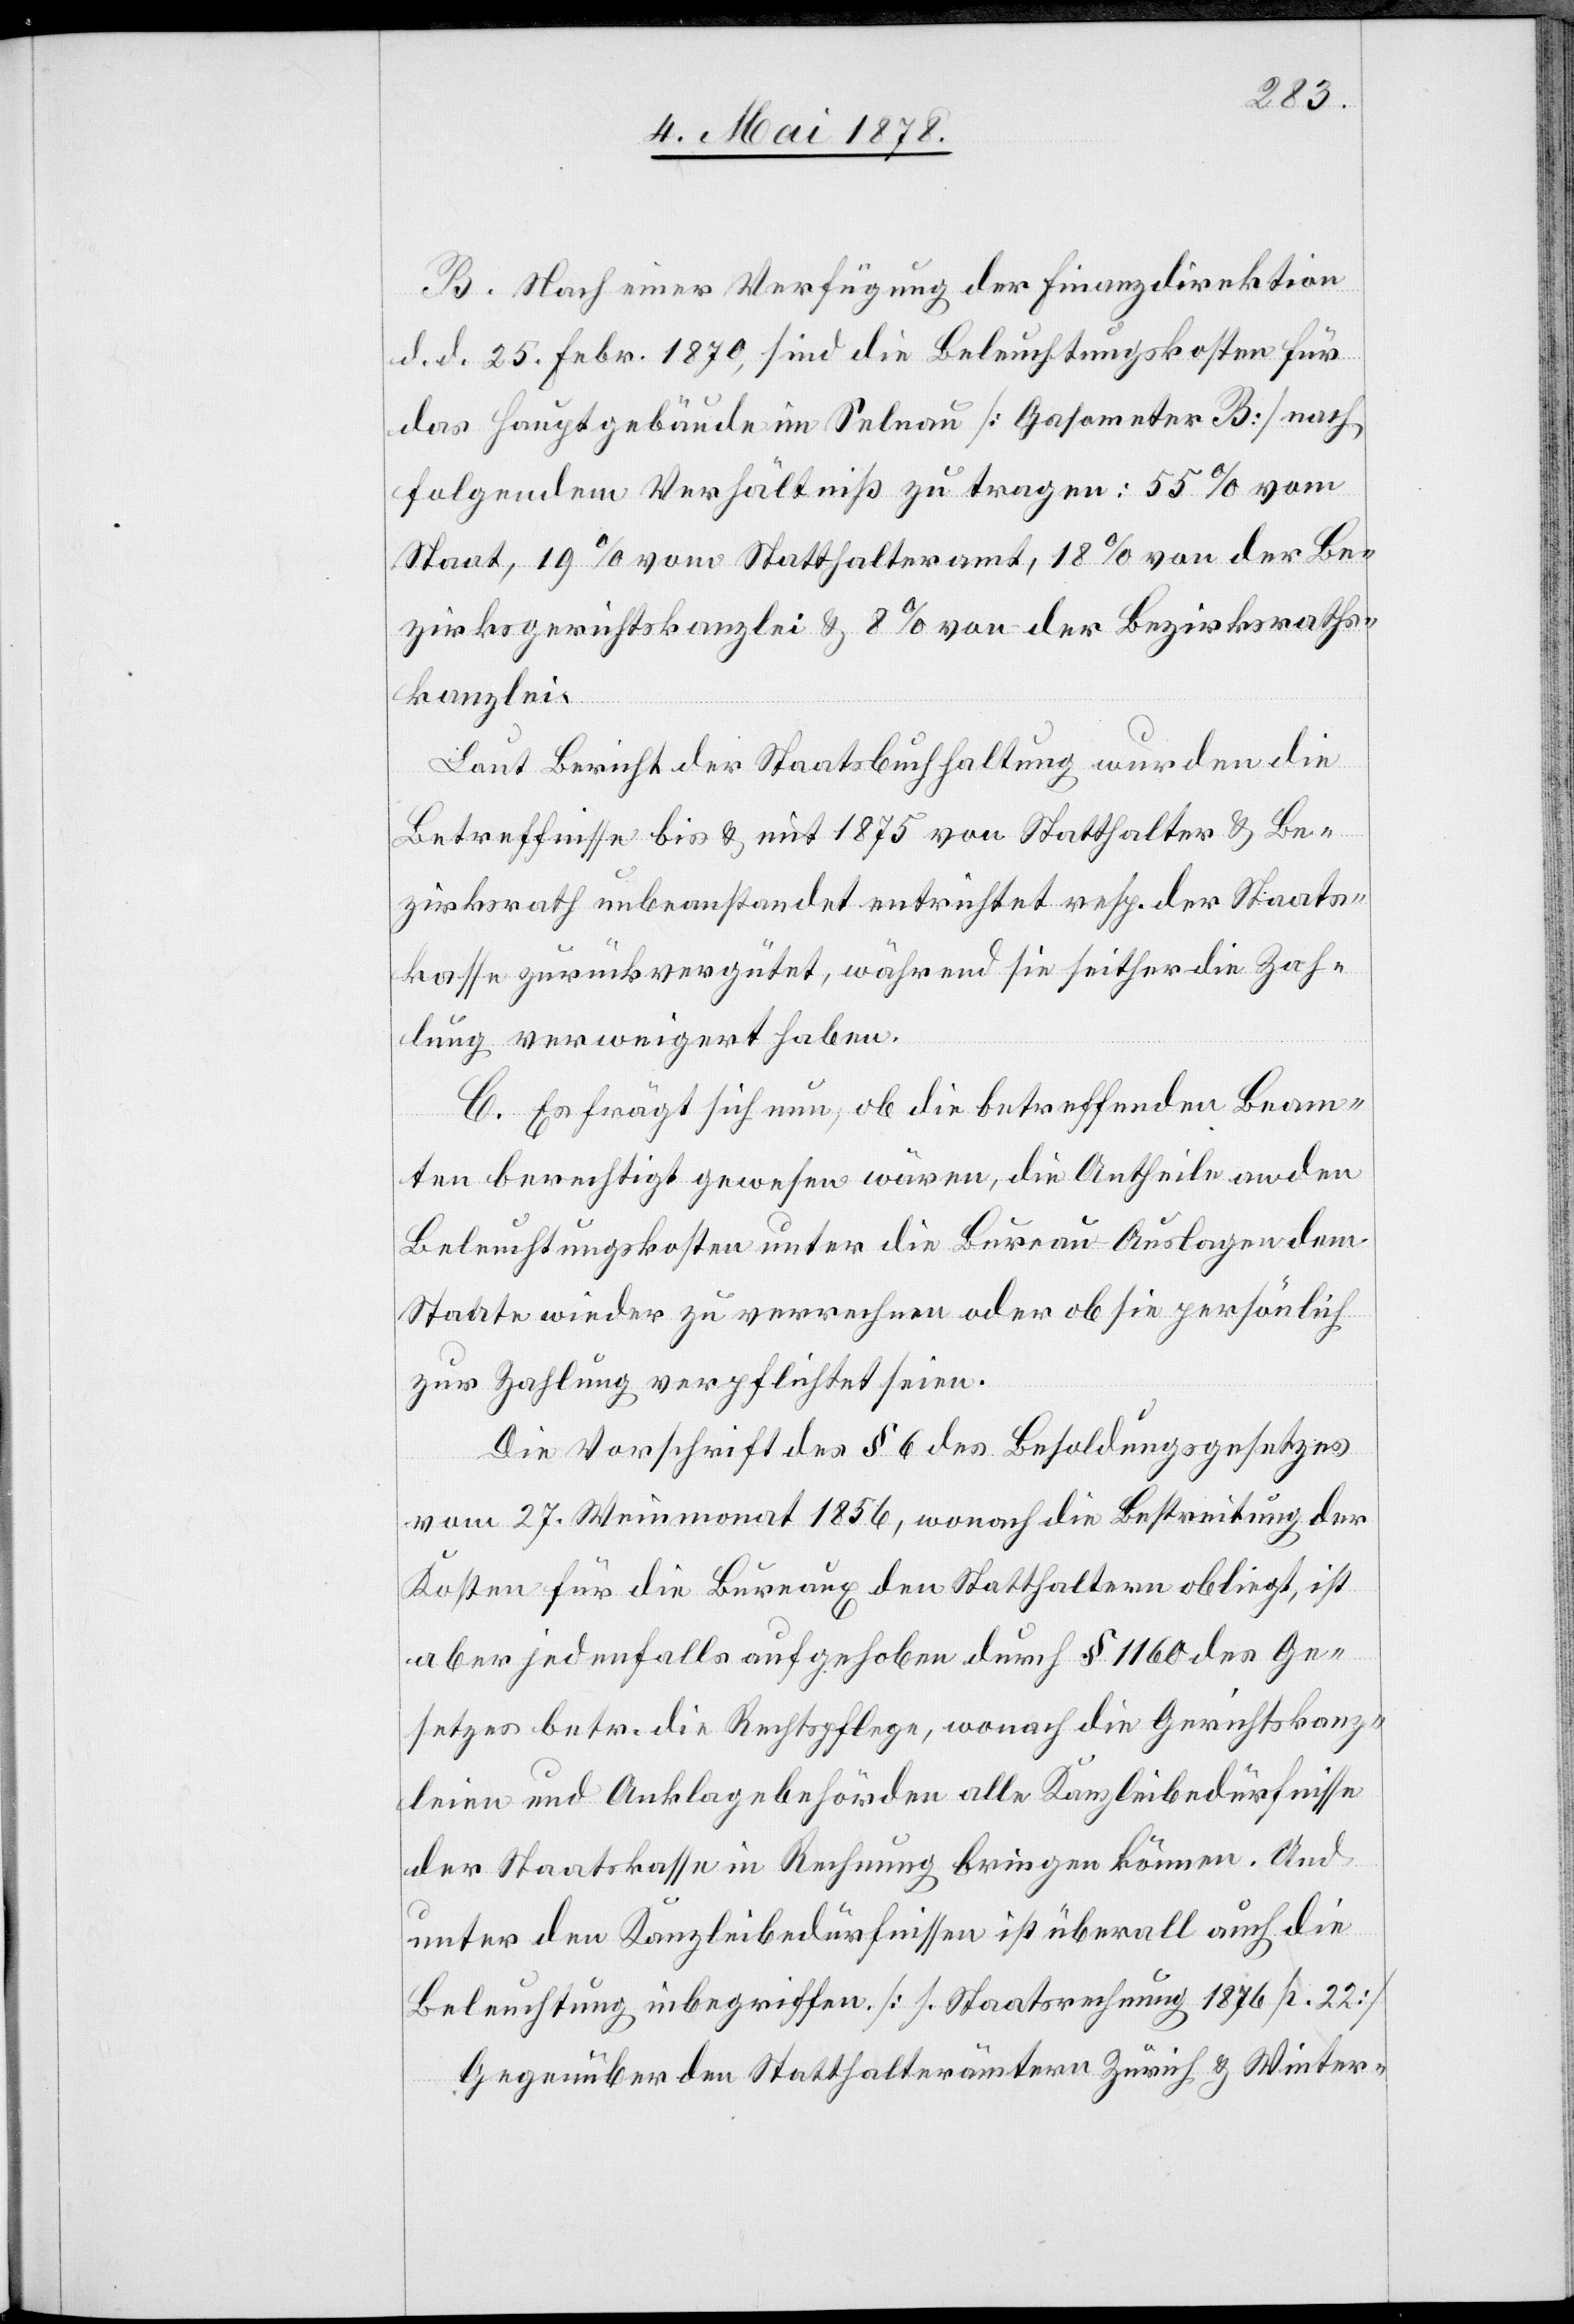
B. Nach einer Verfügung der Finanzdirektion
d. d. 25. Febr. 1870, sind die Beleuchtungskosten für
das Hauptgebäude im Selnau [Gasometer B] nach
folgendem Verhältniß zu tragen: 55% vom
Staat, 19% vom Statthalteramt, 18% von der Be¬
zirksgerichtskanzlei & 8% von der Bezirksraths¬
kanzlei.
Laut Bericht der Staatsbuchhaltung wurden die
Betreffnisse bis & mit 1875 von Statthalter & Be¬
zirksrath unbeanstandet entrichtet resp. der Staats¬
kasse zurückvergütet, während sie seither die Zah¬
lung verweigert haben.
C. Es frägt sich nun, ob die betreffenden Beam¬
ten berechtigt gewesen wären, die Antheile an den
Beleuchtungskosten unter die Bureau-Auslagen dem
Staate wieder zu verrechnen oder ob sie persönlich
zur Zahlung verpflichtet seien.
Die Vorschrift des § 6 des Besoldungsgesetzes
vom 27. Weinmonat 1856, wonach die Bestreitung der
Kosten für die Bureaux den Statthaltern obliegt, ist
aber jedenfalls aufgehoben durch § 1160 des Ge¬
setzes betr. die Rechtspflege, wonach die Gerichtskanz¬
leien und Anklagebehörden alle Kanzleibedürfnisse
der Staatskasse in Rechnung bringen können. Und
unter den Kanzleibedürfnissen ist überall auch die
Beleuchtung inbegriffen [1. Staatsrechnung 1876 p. 22]
Gegenüber den Statthalterämtern Zürich & Winter-